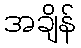
အချိန်